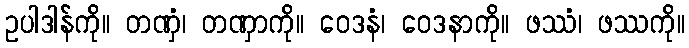
ဥပါဒါန်ကို။ တဏှံ၊ တဏှာကို။ ဝေဒနံ၊ ဝေဒနာကို။ ဖဿံ၊ ဖဿကို။